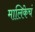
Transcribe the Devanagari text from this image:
मालिकेचं